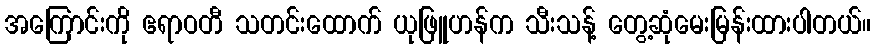
အကြောင်းကို ဧရာဝတီ သတင်းထောက် ယုဖြူဟန်က သီးသန့် တွေ့ဆုံမေးမြန်းထားပါတယ်။